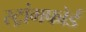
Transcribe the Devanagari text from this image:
स्ट्रांगफोर्ड